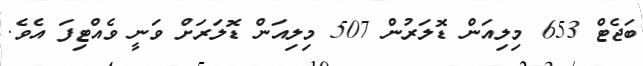
ބަޖެޓް 653 މިލިއަން ޑޮލަރުން 507 މިލިއަން ޑޮލަރަށް ވަނީ ވެއްޓިފަ އެވެ.